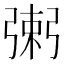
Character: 𢐌